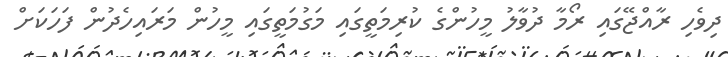
ދިވެހި ރާއްޖޭގައި ރޯމާ ދުވާލު މީހުންގެ ކުރިމަތީގައި މަގުމަތީގައި މީހުން މަރައިހެދުން ފަހަކަށް